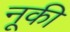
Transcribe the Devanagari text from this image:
नूकी